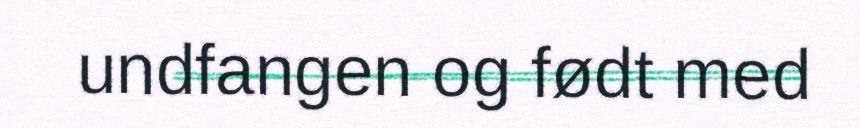
undfangen og født med